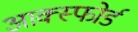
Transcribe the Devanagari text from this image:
आक्स्फोर्ड